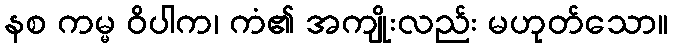
နစ ကမ္မ ဝိပါက၊ ကံ၏ အကျိုးလည်း မဟုတ်သော။